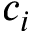
c _ { i }